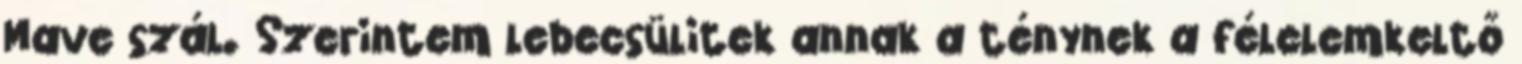
Mave szál. Szerintem lebecsülitek annak a ténynek a félelemkeltő